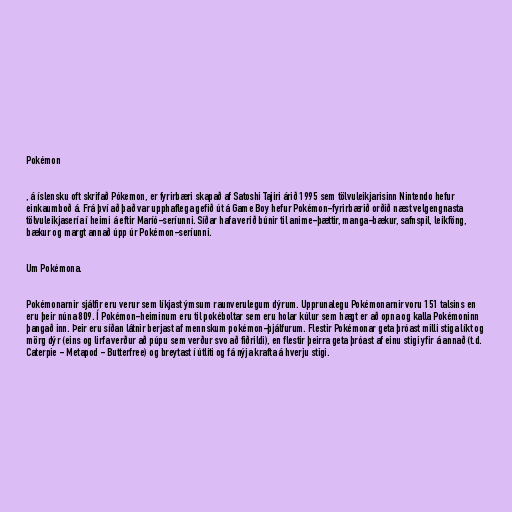
Pokémon

, á íslensku oft skrifað Pókemon, er fyrirbæri skapað af Satoshi Tajiri árið 1995 sem tölvuleikjarisinn Nintendo hefur
einkaumboð á. Frá því að það var upphaflega gefið út á Game Boy hefur Pokémon-fyrirbærið orðið næst velgengnasta
tölvuleikjasería í heimi á eftir Maríó-seríunni. Síðar hafa verið búnir til anime-þættir, manga-bækur, safnspil, leikföng,
bækur og margt annað úpp úr Pokémon-seríunni.

Um Pokémona.

Pokémonarnir sjálfir eru verur sem líkjast ýmsum raunverulegum dýrum. Upprunalegu Pokémonarnir voru 151 talsins en
eru þeir núna 809. Í Pokémon-heiminum eru til pokéboltar sem eru holar kúlur sem hægt er að opna og kalla Pokémoninn
þangað inn. Þeir eru síðan látnir berjast af mennskum pokémon-þjálfurum. Flestir Pokémonar geta þróast milli stiga líkt og
mörg dýr (eins og lirfa verður að púpu sem verður svo að fiðrildi), en flestir þeirra geta þróast af einu stigi yfir á annað (t.d.
Caterpie - Metapod - Butterfree) og breytast í útliti og fá nýja krafta á hverju stigi.